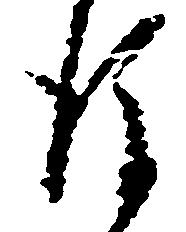
後